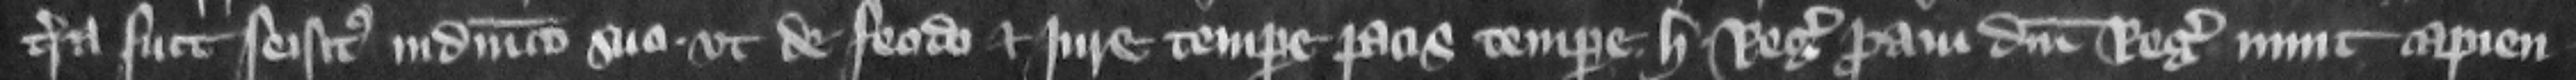
terra fuit seisitus in dominico suo vt de feodo et jure tempore pacis tempore H. regis proaui domini regis nunc capien